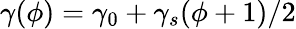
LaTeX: \gamma(\phi)=\gamma_{0}+\gamma_{s}(\phi+1)/2